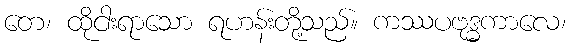
တေ၊ ထိုငါးရာသော ရဟန်းတို့သည်။ ကဿပဗုဒ္ဓကာလေ၊